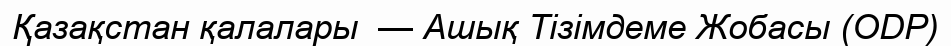
Қазақстан қалалары  — Ашық Тізімдеме Жобасы (ODP)